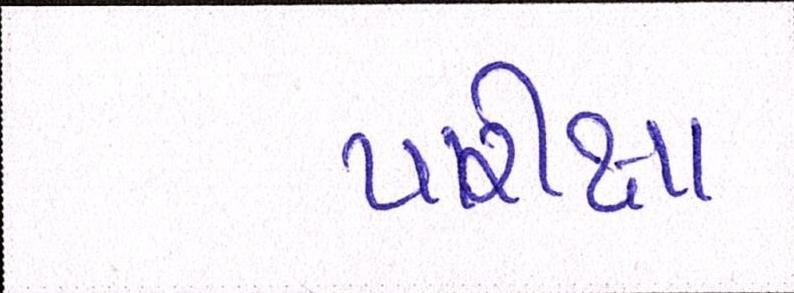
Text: પરિક્ષા